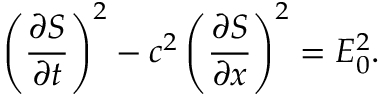
\left( \frac { \partial S } { \partial t } \right) ^ { 2 } - c ^ { 2 } \left( \frac { \partial S } { \partial x } \right) ^ { 2 } = E _ { 0 } ^ { 2 } .